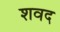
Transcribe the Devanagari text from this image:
शवद